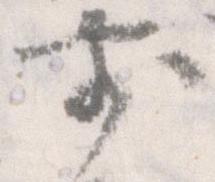
前